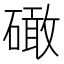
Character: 𥕵